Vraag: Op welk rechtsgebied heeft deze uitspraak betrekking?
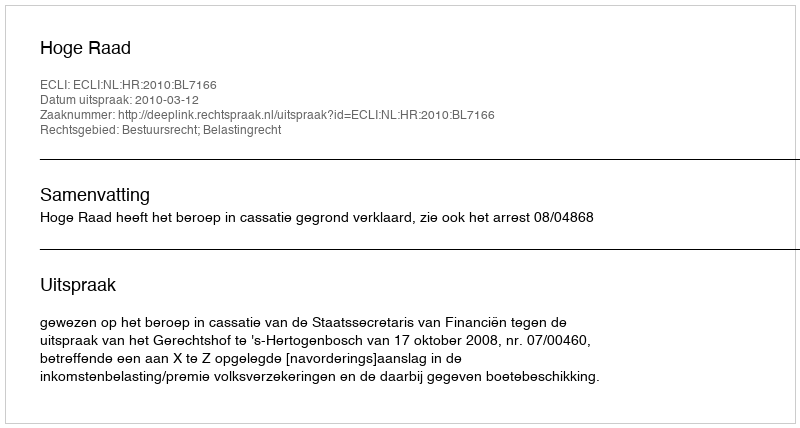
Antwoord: Bestuursrecht; Belastingrecht